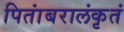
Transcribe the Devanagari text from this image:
पितांबरालंकृतं